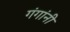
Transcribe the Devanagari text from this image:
गंगांनी